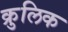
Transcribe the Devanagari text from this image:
क्रुलिक